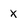
Character: X